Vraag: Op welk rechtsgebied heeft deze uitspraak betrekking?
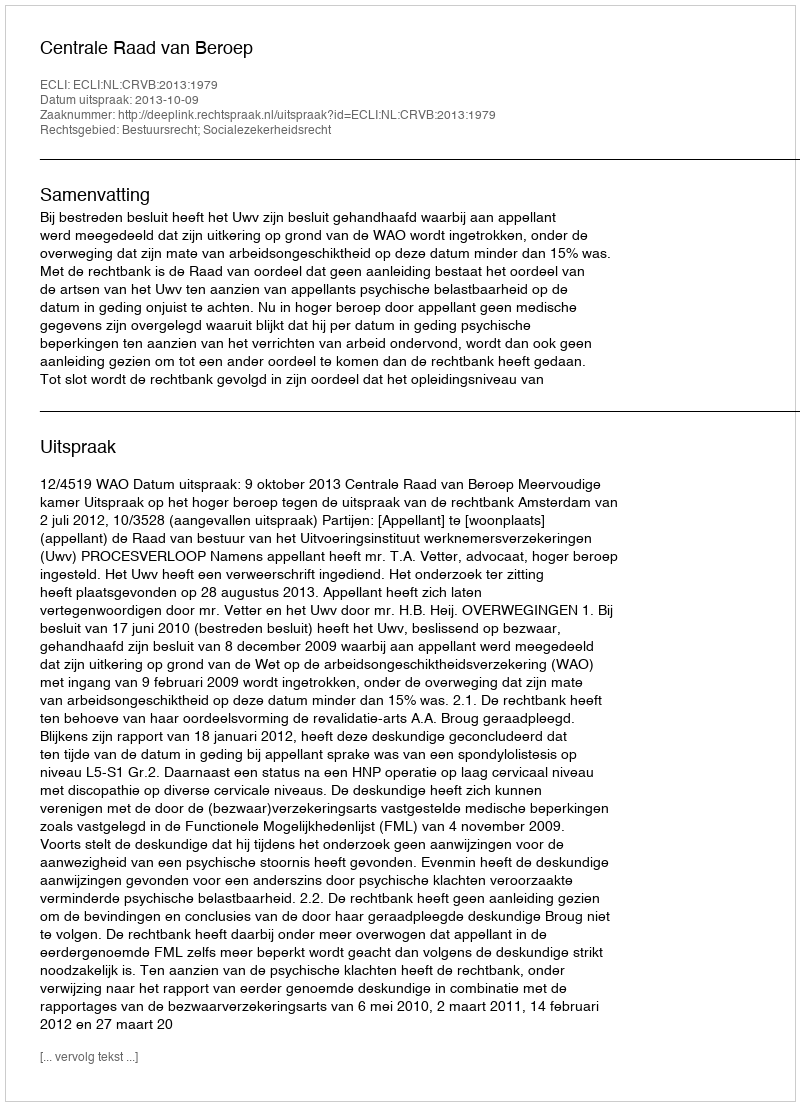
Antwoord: Bestuursrecht; Socialezekerheidsrecht